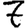
Digit: 7